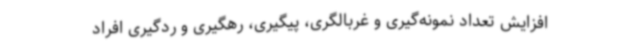
افزایش تعداد نمونه‌گیری و غربالگری، پیگیری، رهگیری و ردگیری افراد